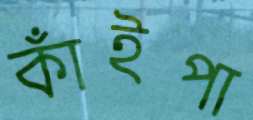
কাঁইপা